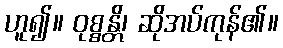
ဟူ၍။ ဝုစ္စန္တိ၊ ဆိုအပ်ကုန်၏။